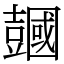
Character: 𧰒